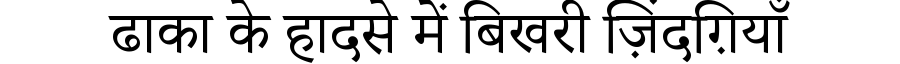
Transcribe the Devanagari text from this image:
ढाका के हादसे में बिखरी ज़िंदग़ियाँ